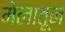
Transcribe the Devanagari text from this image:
मेलातून